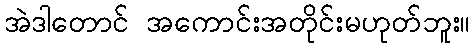
အဲဒါတောင် အကောင်းအတိုင်းမဟုတ်ဘူး။